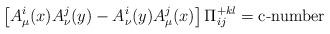
LaTeX: \begin{align*}\left[ A_\mu^i(x) A_\nu^j(y) - A_\nu ^i(y) A_\mu ^j(x)\right] \Pi _{ij}^{+ kl} = \mbox{c-number}\end{align*}